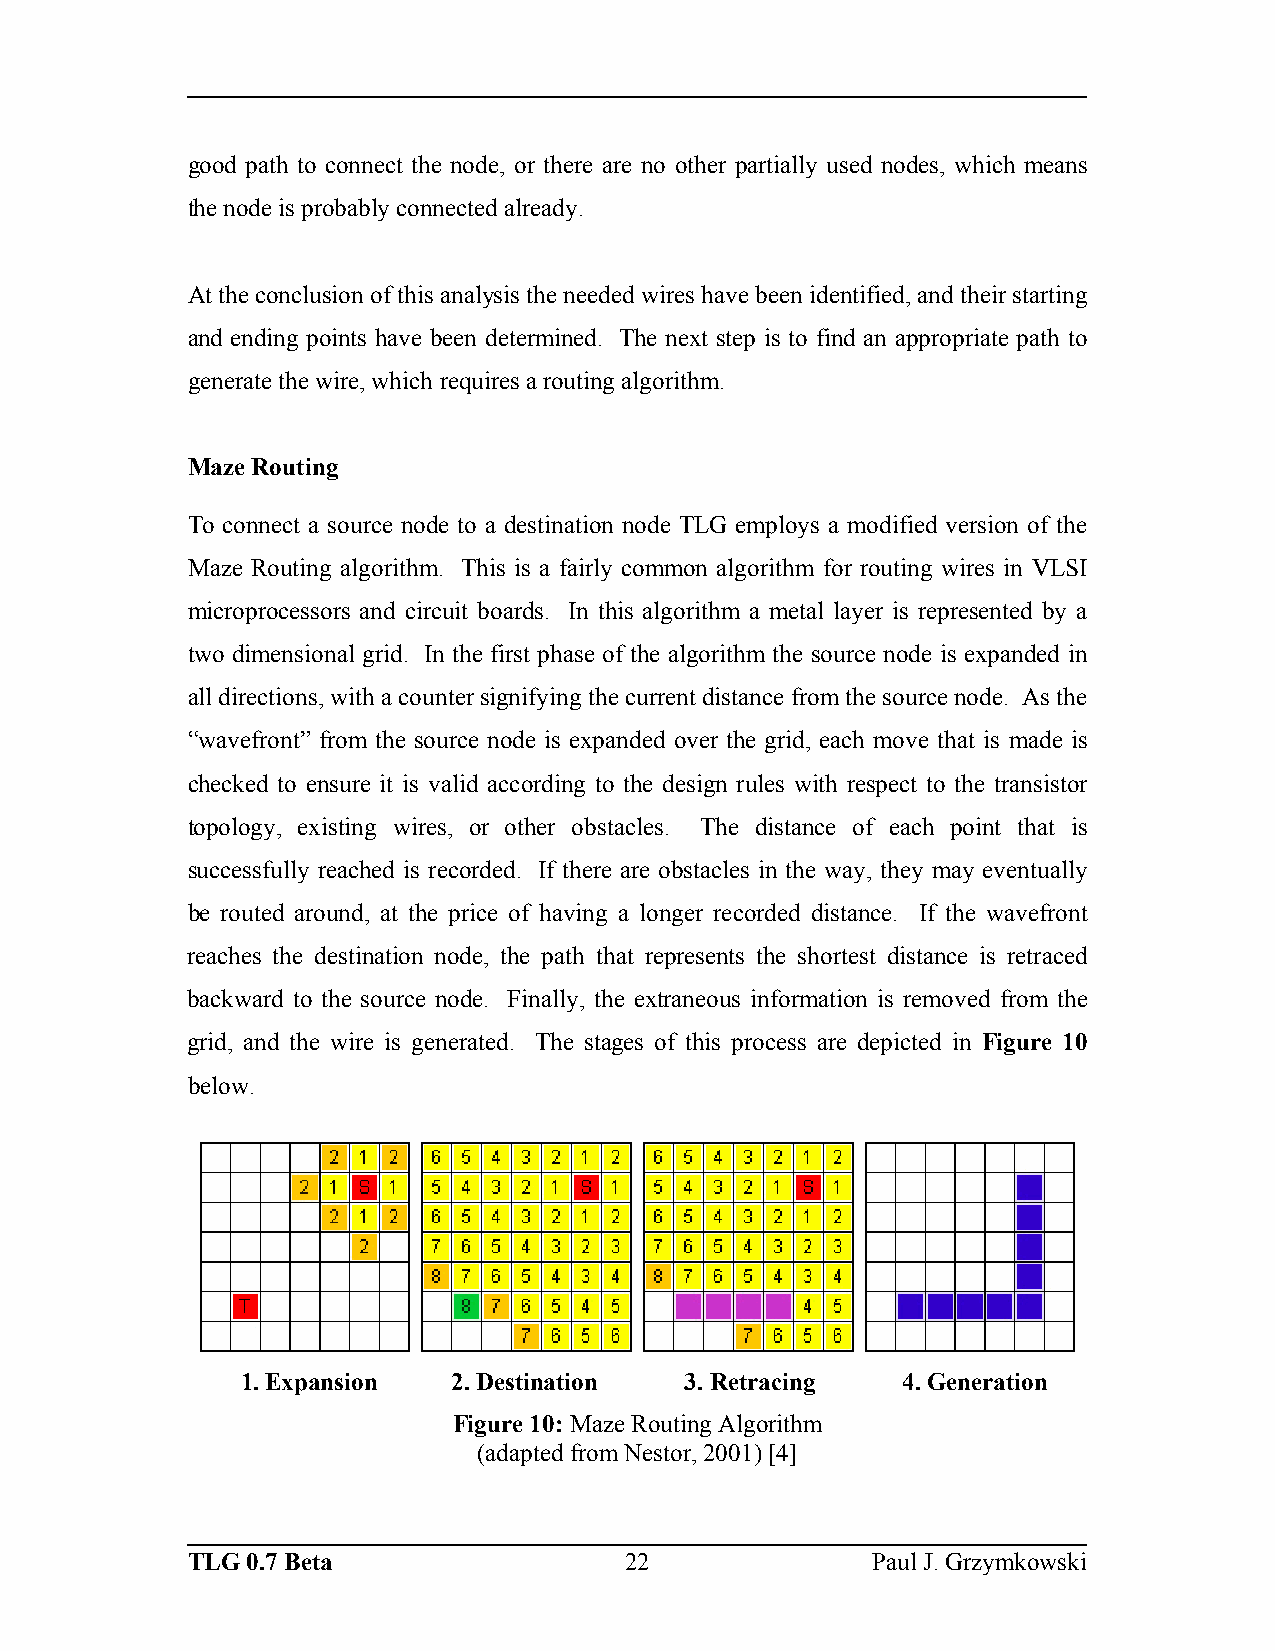
good path to connect the node, or there are no other partially used nodes, which means
 the node is probably connected already.
 At the conclusion of this analysis the needed wires have been identified, and their starting
 and ending points have been determined. The next step is to find an appropriate path to
 generate the wire, which requires a routing algorithm.
 Maze Routing
 To connect a source node to a destination node TLG employs a modified version of the
 Maze Routing algorithm. This is a fairly common algorithm for routing wires in VLSI
 microprocessors and circuit boards. In this algorithm a metal layer is represented by a
 two dimensional grid. In the first phase of the algorithm the source node is expanded in
 all directions, with a counter signifying the current distance from the source node. As the
 “wavefront” from the source node is expanded over the grid, each move that is made is
 checked to ensure it is valid according to the design rules with respect to the transistor
 topology, existing wires, or other obstacles. The distance of each point that is
 successfully reached is recorded. If there are obstacles in the way, they may eventually
 be routed around, at the price of having a longer recorded distance. If the wavefront
 reaches the destination node, the path that represents the shortest distance is retraced
 backward to the source node. Finally, the extraneous information is removed from the
 grid, and the wire is generated. The stages of this process are depicted in Figure 10
 below.
 1. Expansion  2. Destination 3. Retracing   4. Generation
 Figure 10: Maze Routing Algorithm
 (adapted from Nestor, 2001) [4]
 TLG 0.7 Beta                 22               Paul J. Grzymkowski